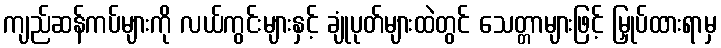
ကျည်ဆန်ကပ်များကို လယ်ကွင်းများနှင့် ချုံပုတ်များထဲတွင် သေတ္တာများဖြင့် မြှုပ်ထားရာမှ